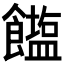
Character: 𮩒